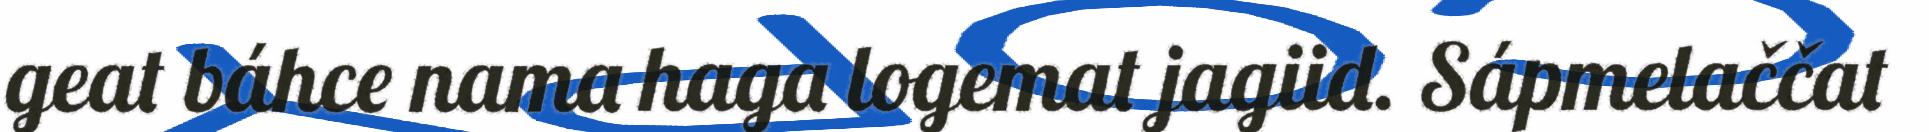
geat báhce nama haga logemat jagiid. Sápmelaččat